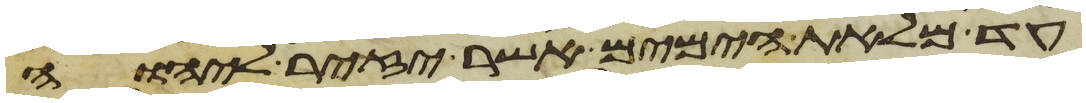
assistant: עד מלאת הימים אשר יזיר ליהוה